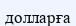
долларға